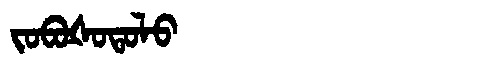
Manchu: ᠵᠣᠪᠣᡧᠣᡨᠣᠯᠣ
Romanization: JOBOŠOTOLO